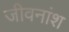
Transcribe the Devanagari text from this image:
जीवनांश